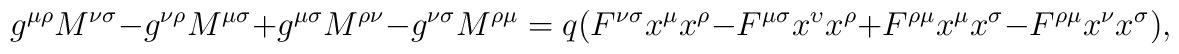
g^{\mu \rho }M^{\nu \sigma }-g^{\nu \rho }M^{\mu \sigma }+g^{\mu \sigma}M^{\rho \nu }-g^{\nu \sigma }M^{\rho \mu }=q(F^{\nu \sigma }x^{\mu }x^{\rho}-F^{\mu \sigma }x^{\upsilon }x^{\rho }+F^{\rho \mu }x^{\mu }x^{\sigma}-F^{\rho \mu }x^{\nu }x^{\sigma }),